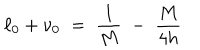
LaTeX: \ell _ { 0 } + \nu _ { 0 } \; = \; \frac { 1 } { M } \; - \; \frac { M } { 4 h }